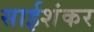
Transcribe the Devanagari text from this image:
साईशंकर